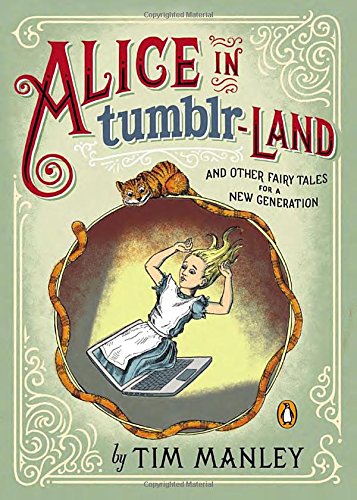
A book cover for Alice in Tumblr-land: And Other Fairy Tales for a New Generation; Tim Manley; Literature & Fiction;